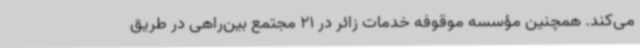
می‌کند. همچنین مؤسسه موقوفه خدمات زائر در 21 مجتمع بین‌راهی در طریق